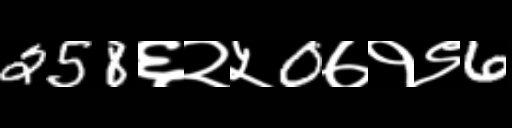
Text: 258६२५0७१९6